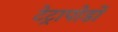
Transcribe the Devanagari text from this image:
टेट्रापोडों